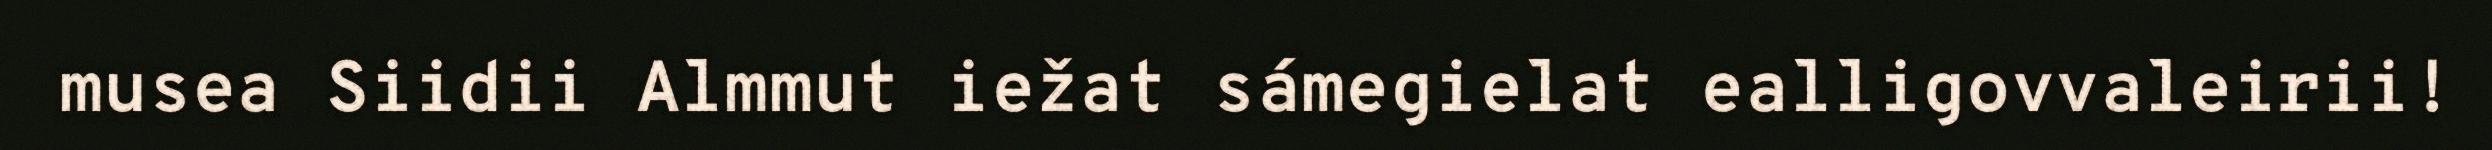
musea Siidii Almmut iežat sámegielat ealligovvaleirii!